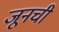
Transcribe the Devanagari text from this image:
जूनची